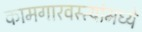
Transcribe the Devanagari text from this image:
कामगारवस्त्यांमध्ये